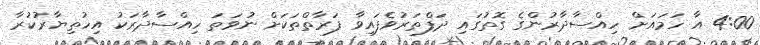
4:00 އާ ހަމައަށް ހިއްސާދާރުންގެ ގޮތުގައި ދަފްތަރުވެފައިވާ ފަރާތްތަކަށް ނުވަތަ ހިއްސާދާރަކު އިހުތިޔާރުކުރާ